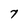
Character: 7